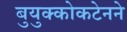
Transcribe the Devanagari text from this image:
बुयुक्कोकटेनने